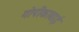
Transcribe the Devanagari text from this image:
गोपीकाबाई